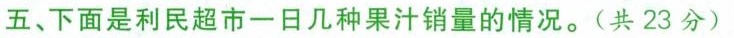
五、下面是利民超市一日几种果汁销量的情况。(共23分)